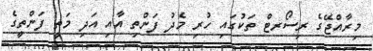
މިރާއްޖޭގެ ރިސޯރޓް ތަކުގައި ހުރި މެދު ފަންތި އާއި އަދި މަތީ ފަންތީގެ